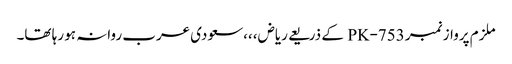
ملزم پرواز نمبر PK-753 کے ذریعے ریاض،،،سعودی عرب روانہ ہو رہا تھا۔